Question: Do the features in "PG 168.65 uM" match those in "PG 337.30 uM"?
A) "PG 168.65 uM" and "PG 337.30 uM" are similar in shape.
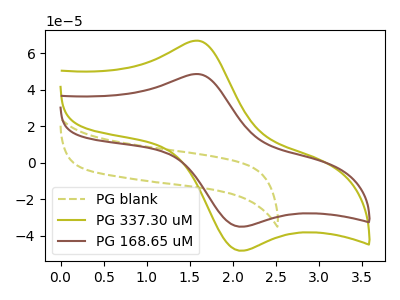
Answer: <think>The olive dashed curve "PG blank" has no peaks. The olive curve "PG 337.30 uM" has an anodic peak at (1.60V, 67.00uA) and a cathodic peak at (2.10V, -48.30uA). The brown curve "PG 168.65 uM" has an anodic peak at (1.60V, 48.70uA) and a cathodic peak at (2.10V, -35.10uA).
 All the peaks in "PG 168.65 uM" have a peak in "PG 337.30 uM" at the same potential. Every peak in "PG 168.65 uM" is lower than every peak in "PG 337.30 uM".</think>
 <answer>A) "PG 168.65 uM" and "PG 337.30 uM" are similar in shape.</answer>
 <eval>A</eval>